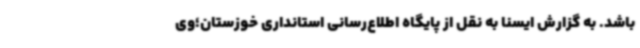
باشد. به گزارش ایسنا به نقل از پایگاه اطلاع‌رسانی استانداری خوزستان؛وی